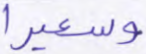
وسعيرا